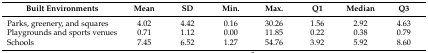
| Built Environments | Mean | SD | Min. | Max. | Q1 | Median | Q3 |
 | --- | --- | --- | --- | --- | --- | --- | --- |
 | Parks, greenery, and squares | 4.02 | 4.42 | 0.16 | 30.26 | 1.56 | 2.92 | 4.63 |
 | Playgrounds and sports venues | 0.71 | 1.12 | 0.00 | 11.85 | 0.22 | 0.38 | 0.79 |
 | Schools | 7.45 | 6.52 | 1.27 | 54.76 | 3.92 | 5.92 | 8.60 |